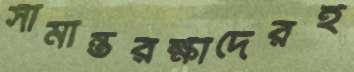
সীমান্তরক্ষীদেরই